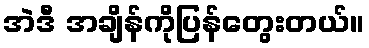
အဲဒီ အချိန်ကိုပြန်တွေးတယ်။